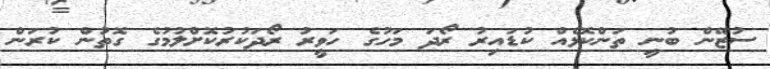
ސުޒޭން ބުނީ ތަންކޮޅެއް ކުޑައިރު ރޯދަ މަހުގެ ހަވީރު ރޯދަކުރުކޮށްލުމުގެ ގޮތުން ކުރަން